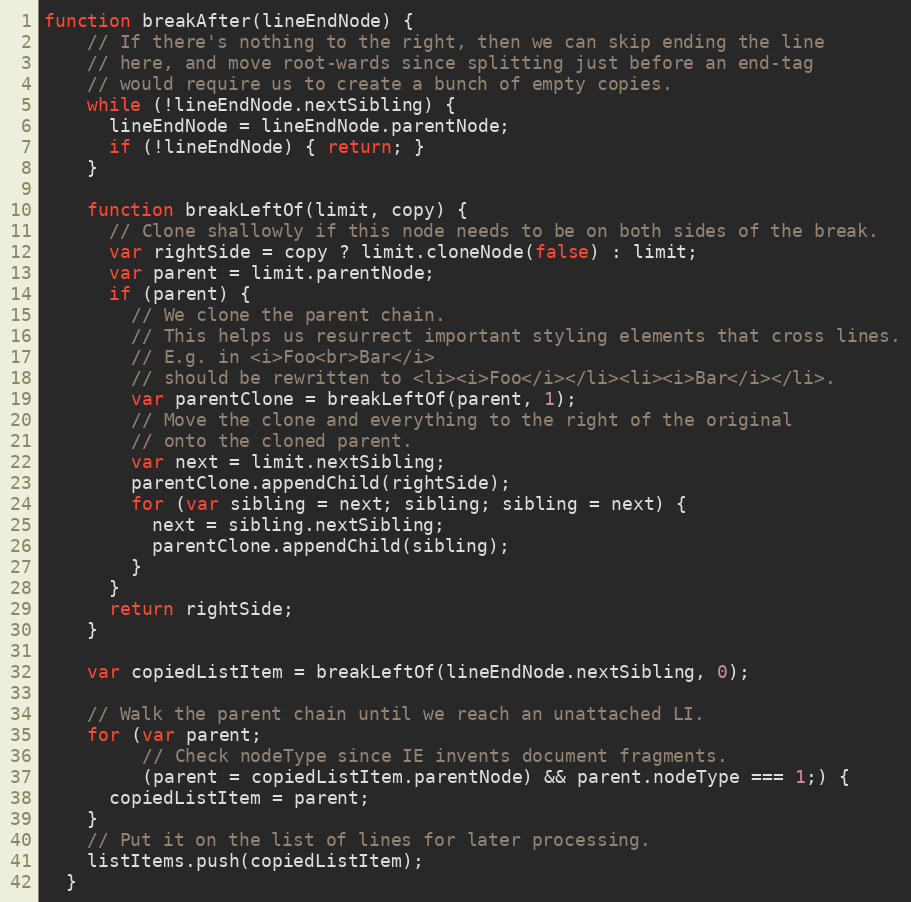
Language: JavaScript
function breakAfter(lineEndNode) {
    // If there's nothing to the right, then we can skip ending the line
    // here, and move root-wards since splitting just before an end-tag
    // would require us to create a bunch of empty copies.
    while (!lineEndNode.nextSibling) {
      lineEndNode = lineEndNode.parentNode;
      if (!lineEndNode) { return; }
    }

    function breakLeftOf(limit, copy) {
      // Clone shallowly if this node needs to be on both sides of the break.
      var rightSide = copy ? limit.cloneNode(false) : limit;
      var parent = limit.parentNode;
      if (parent) {
        // We clone the parent chain.
        // This helps us resurrect important styling elements that cross lines.
        // E.g. in <i>Foo<br>Bar</i>
        // should be rewritten to <li><i>Foo</i></li><li><i>Bar</i></li>.
        var parentClone = breakLeftOf(parent, 1);
        // Move the clone and everything to the right of the original
        // onto the cloned parent.
        var next = limit.nextSibling;
        parentClone.appendChild(rightSide);
        for (var sibling = next; sibling; sibling = next) {
          next = sibling.nextSibling;
          parentClone.appendChild(sibling);
        }
      }
      return rightSide;
    }

    var copiedListItem = breakLeftOf(lineEndNode.nextSibling, 0);

    // Walk the parent chain until we reach an unattached LI.
    for (var parent;
         // Check nodeType since IE invents document fragments.
         (parent = copiedListItem.parentNode) && parent.nodeType === 1;) {
      copiedListItem = parent;
    }
    // Put it on the list of lines for later processing.
    listItems.push(copiedListItem);
  }